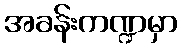
အခန်းကဏ္ဍမှာ